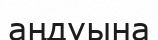
аңдуына